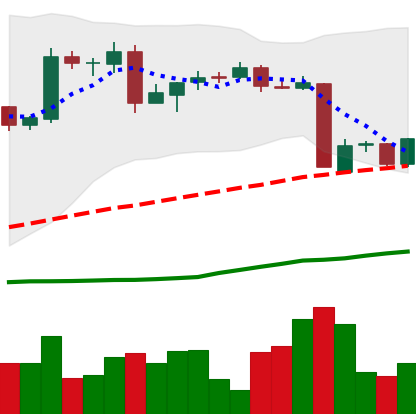
Ticker: BTC-USD
Chart end date: 2016-05-23
Forward return: 19.337%
Label: up_7plus